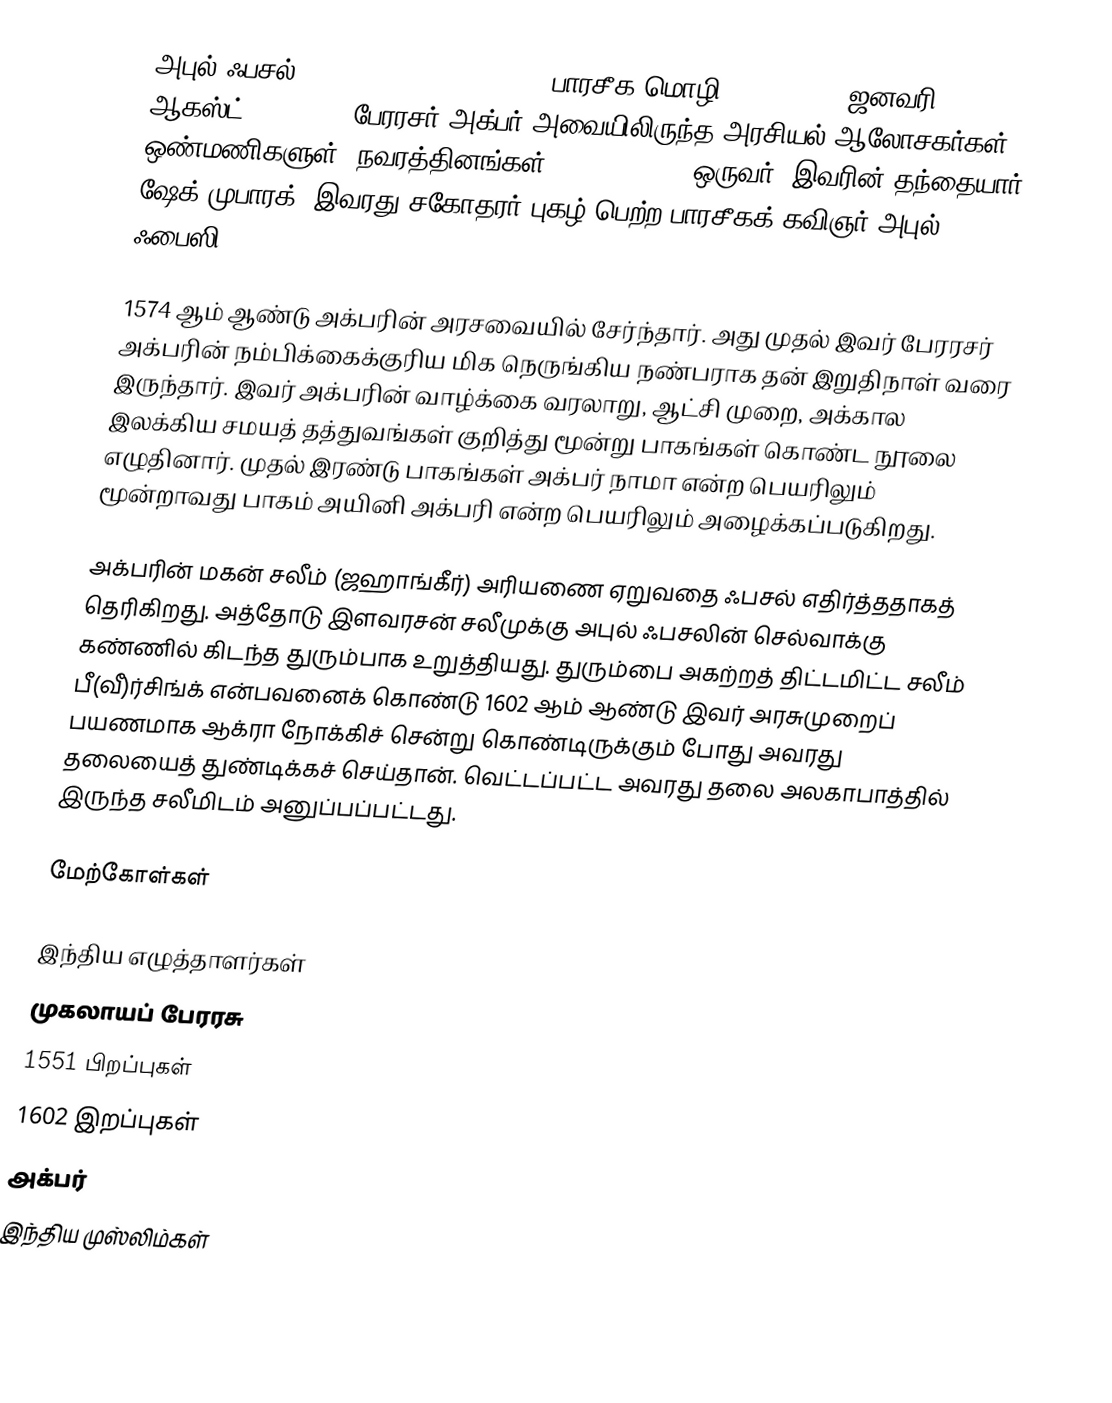
அபுல் ஃபசல் (Abu'l Fazl ibn Mubarak, பாரசீக மொழி: ابو الفضل, ஜனவரி 14, 1551 - ஆகஸ்ட் 12, 1602) பேரரசர் அக்பர் அவையிலிருந்த அரசியல் ஆலோசகர்கள் ஒண்மணிகளுள் (நவரத்தினங்கள், Nine Jewels) ஒருவர். இவரின் தந்தையார் ஷேக் முபாரக். இவரது சகோதரர் புகழ் பெற்ற பாரசீகக் கவிஞர் அபுல் ஃபைஸி.

1574 ஆம் ஆண்டு அக்பரின் அரசவையில் சேர்ந்தார். அது முதல் இவர் பேரரசர் அக்பரின் நம்பிக்கைக்குரிய மிக நெருங்கிய நண்பராக தன் இறுதிநாள் வரை இருந்தார். இவர் அக்பரின் வாழ்க்கை வரலாறு, ஆட்சி முறை, அக்கால இலக்கிய சமயத் தத்துவங்கள் குறித்து மூன்று பாகங்கள் கொண்ட நூலை எழுதினார். முதல் இரண்டு பாகங்கள் அக்பர் நாமா என்ற பெயரிலும் மூன்றாவது பாகம் அயினி அக்பரி என்ற பெயரிலும் அழைக்கப்படுகிறது.

அக்பரின் மகன் சலீம் (ஜஹாங்கீர்) அரியணை ஏறுவதை ஃபசல் எதிர்த்ததாகத் தெரிகிறது. அத்தோடு இளவரசன் சலீமுக்கு அபுல் ஃபசலின் செல்வாக்கு கண்ணில் கிடந்த துரும்பாக உறுத்தியது. துரும்பை அகற்றத் திட்டமிட்ட சலீம் பீ(வீ)ர்சிங்க் என்பவனைக் கொண்டு 1602 ஆம் ஆண்டு இவர் அரசுமுறைப் பயணமாக ஆக்ரா நோக்கிச் சென்று கொண்டிருக்கும் போது அவரது தலையைத் துண்டிக்கச் செய்தான். வெட்டப்பட்ட அவரது தலை அலகாபாத்தில் இருந்த சலீமிடம் அனுப்பப்பட்டது.

மேற்கோள்கள்

இந்திய எழுத்தாளர்கள்
முகலாயப் பேரரசு
1551 பிறப்புகள்
1602 இறப்புகள்
அக்பர்
இந்திய முஸ்லிம்கள்